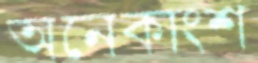
অনেকাংশ